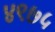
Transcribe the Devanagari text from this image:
४९७५